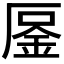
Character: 𠪒